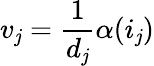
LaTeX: v_{\mathit{j}}={\frac{{1}}{{d_{\mathit{j}}}}}\alpha(i_{\mathit{j}})